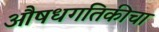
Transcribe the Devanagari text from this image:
औषधगतिकीचा